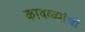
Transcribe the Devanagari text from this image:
कावळ्यांची